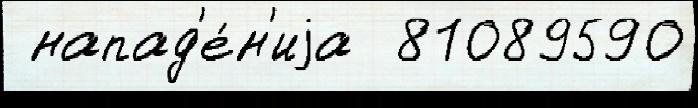
 напад'е́н'иjа  81089590